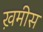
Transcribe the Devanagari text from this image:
ख़मीस